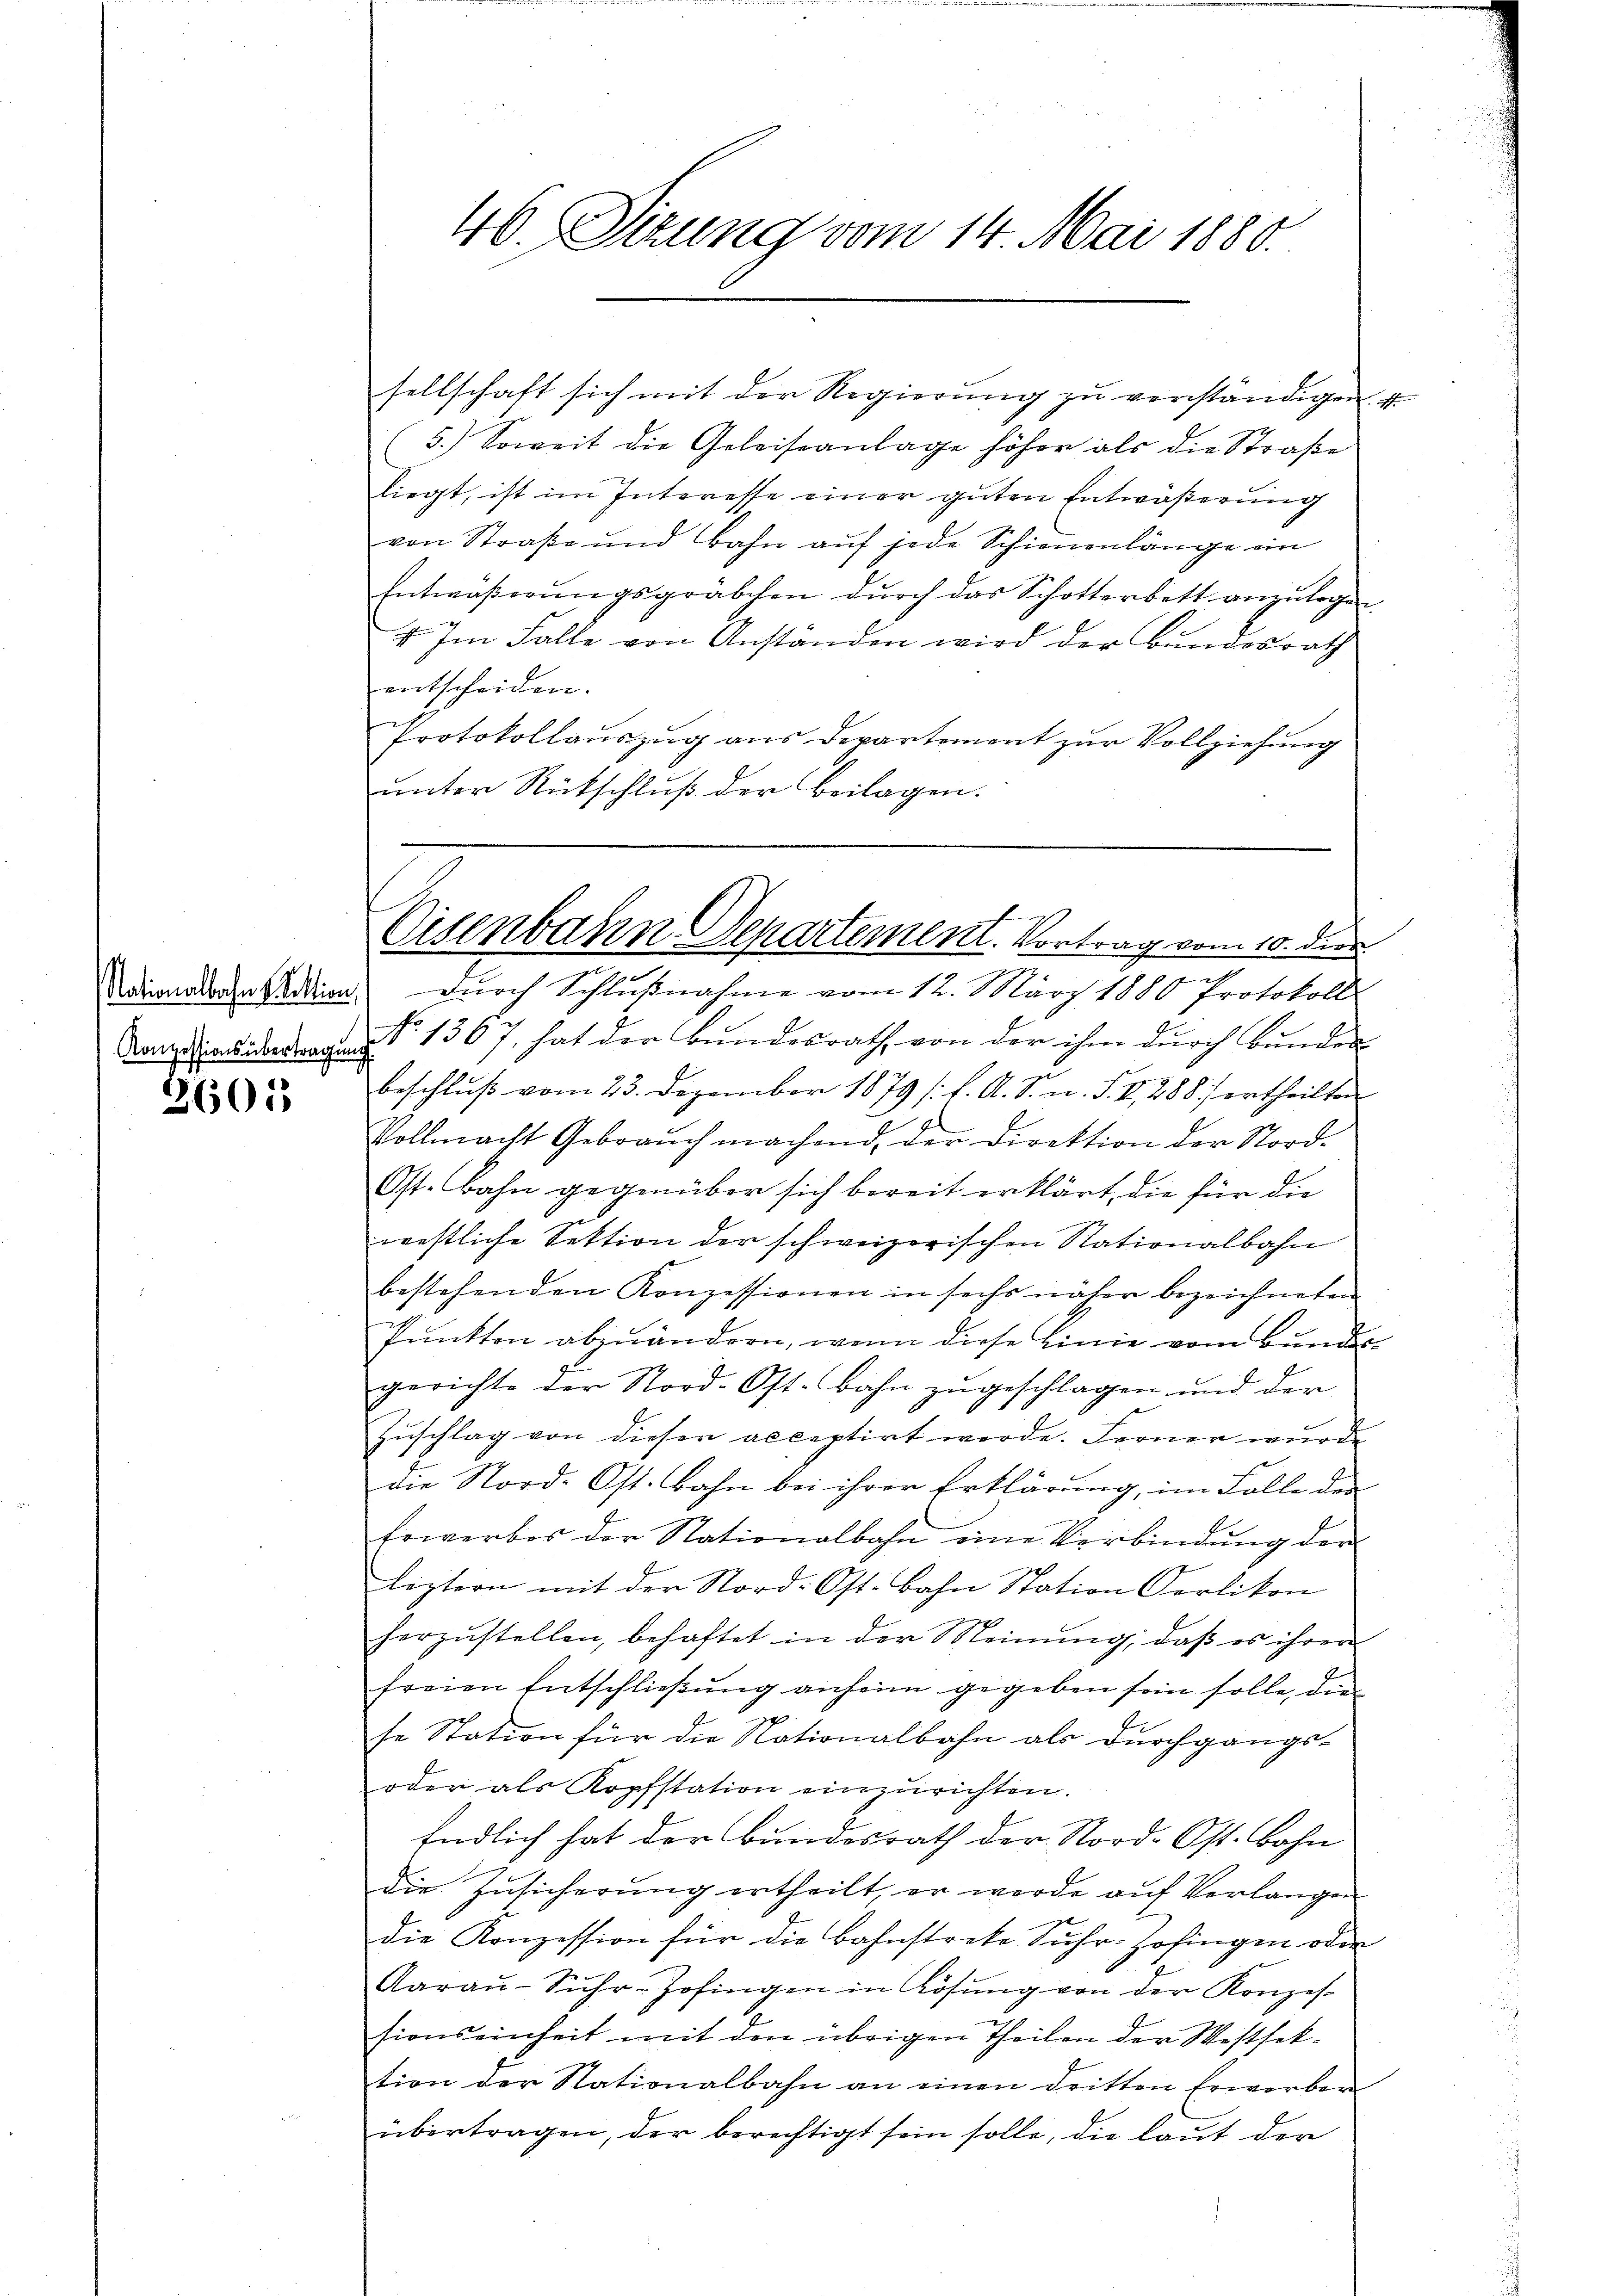
Nationalbahn v Rektion,
Konzessionsübertragung

2601

46. Sizung vom 14. Mai 1880.

sellschaft sich mit der Regierŭng zŭ verständigen u.
5.) Soweit die Geleiseanlage höher als die Straße
liegt, ist im Interesse einer guten Entwäßerung
von Straße und Bahn auf jede Schienenlänge ein
Entwässerŭngsgräbchen dŭrch das Schotterbett anzŭlegen.
4. Im Falle von Anständen wird der Bundesrath
entscheiden.
Protokollauszug aus Departement zur Vollziehung
unter Rütschluß der Beilagen.

E
Eisenbahn Departement. Vortrag vom 10. die

dŭrch Schlŭβnahme vom 12. März 1880 Protokoll

No. 1367, hat der Bundesrath von der ihm durch Bunden
beschluß vom 23. Dezember 1879 f. A. S. n. F. II., 288 / ertheilten
Vollmacht Gebrauch machend, der Direktion der Nord-
Ost. Bahn gegenüber sich bereit erklärt, die für die
westliche Sektion der schweizerischen Nationalbahn
bestehenden Konzessionen in sechs näher bezeichneten
Punkten abzuändern, wenn diese Linie vom Bundes
gerichte der Nord-Ost. Bahn zugeschlagen und der
Zuschlag von dieser acceptirt werde. Ferner wurde
die Nord-Ost. Bahn bei ihrer Erklärung, im Falle der
sowerbos der Nationalbahn eine Verbindung der
leztern mit der Nord-Ost. Bahn Station Oerlikon
herzŭstellen, behaftet in der Meinŭng, daβ es ihrer
freien Entschließung anheim gegeben sein solle, die
.
se Station für die Nationalbahn als Durchgangs-
oder als Kopfstation einzurichten.
Endlich hat der Bundesrath der Nord- Ost. Bahn
die Zusicherung ertheilt, er werde auf Verlangen
die Konzession für die Bahnstreke Suhr-Zofingen oder
Aaraŭ-Sŭhr-Zofingen in Rösŭng von der Konzes.
sionseinheit mit den übrigen Theilen der Westfektion der Stationalbahn an einen dritten Erworben
übertragen, der berechtigt sein solle, die laut der